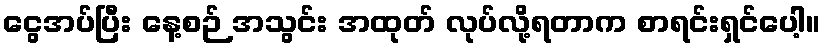
ငွေအပ်ပြီး နေ့စဉ် အသွင်း အထုတ် လုပ်လို့ရတာက စာရင်းရှင်ပေါ့။